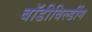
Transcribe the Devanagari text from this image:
बॉडीबिल्डींग